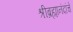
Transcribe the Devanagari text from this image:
श्रीब्रह्मानंदांचे